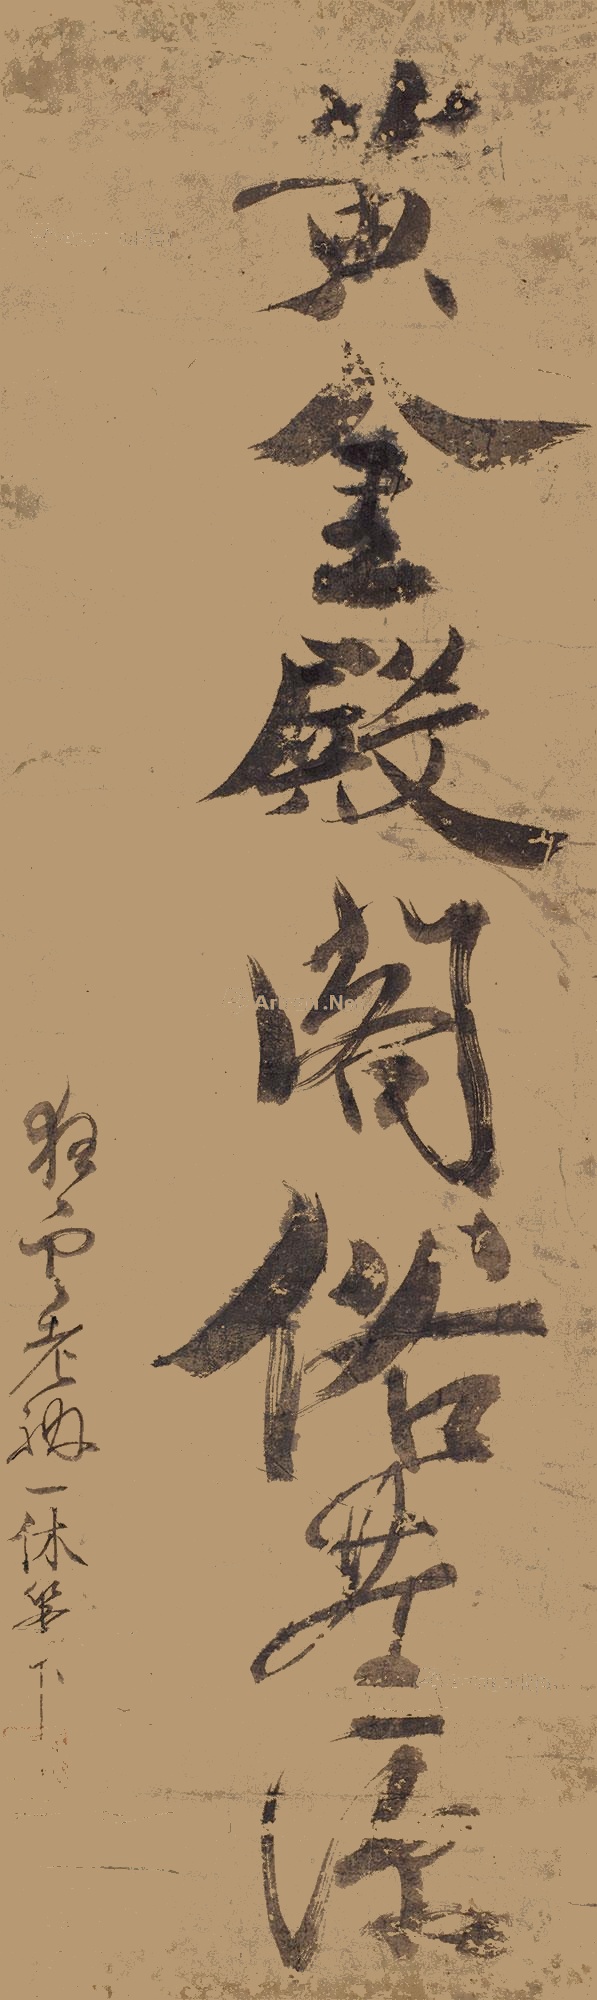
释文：黄金殿阁俗尘深狂云老衲一休笔。